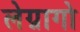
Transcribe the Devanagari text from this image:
लेग्नागो